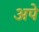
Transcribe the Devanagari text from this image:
अपे